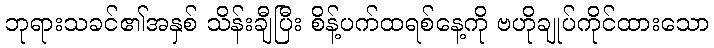
ဘုရားသခင်၏အနှစ် သိန်းချီပြီး စိန့်ပက်ထရစ်နေ့ကို ဗဟိုချုပ်ကိုင်ထားသော